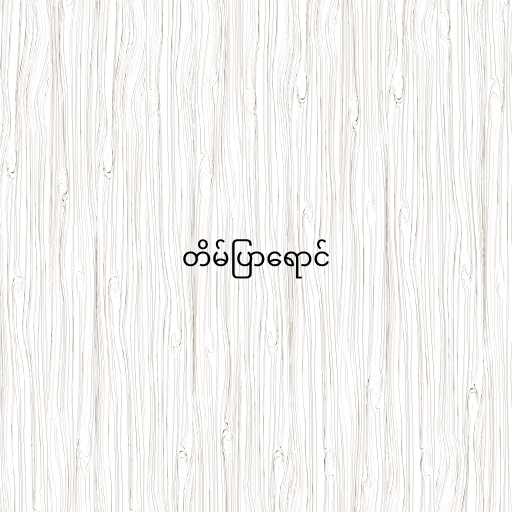
တိမ်ပြာရောင်